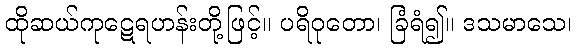
ထိုဆယ်ကုဋေရဟန်းတို့ဖြင့်။ ပရိဝုတော၊ ခြံရံ၍။ ဒသမာသေ၊